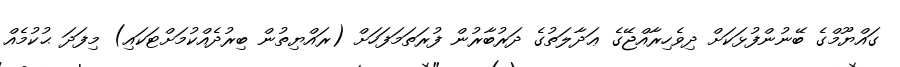
ގައްޔޫމްގެ ބޭނުންފުޅަކަށް ދިވެހިރާއްޖޭގެ ޢަދާލަތުގެ ދަރުބާރުން ފުރަތަމަފަހަށް (ރައްޔިތުން ބިރުދެއްކުމަށްޓަކައި) މިފަދަ ޙުކުމެއް